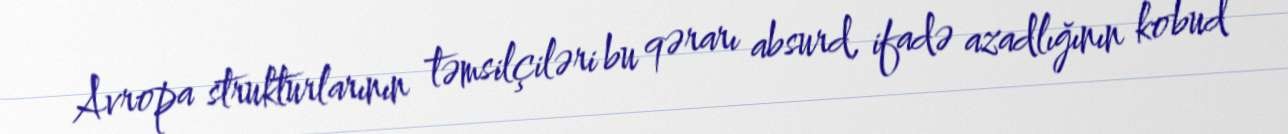
Avropa strukturlarının təmsilçiləri bu qərarı absurd, ifadə azadlığının kobud